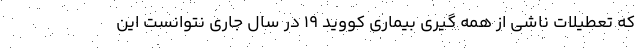
که تعطیلات ناشی از همه گیری بیماری کووید ۱۹ در سال جاری نتوانست این